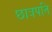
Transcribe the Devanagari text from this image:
छात्रपति